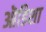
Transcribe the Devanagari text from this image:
ऒडिशा